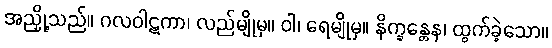
အညှို့သည်။ ဂလဝါဋကာ၊ လည်မျိုမှ။ ဝါ၊ ရေမျိုမှ။ နိက္ခန္တေန၊ ထွက်ခဲ့သော။